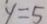
y = 5